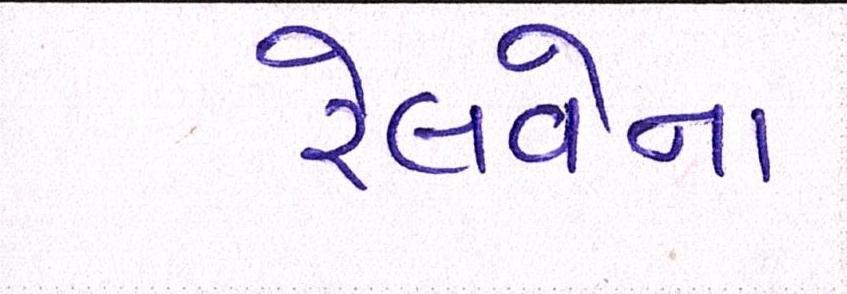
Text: રેલવેના